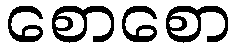
စောစော